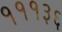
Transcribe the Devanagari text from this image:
१११३६